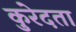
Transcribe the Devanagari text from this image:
कुरेदता